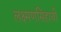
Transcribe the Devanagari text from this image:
लक्ष्मणसिंहाची